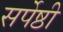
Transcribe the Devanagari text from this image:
सर्पेष्ठी